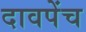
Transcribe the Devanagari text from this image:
दावपेंच